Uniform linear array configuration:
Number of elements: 64
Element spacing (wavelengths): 0.75
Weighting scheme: cosine
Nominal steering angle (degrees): -60
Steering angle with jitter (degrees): -60.0
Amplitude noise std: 0.05
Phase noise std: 0.05

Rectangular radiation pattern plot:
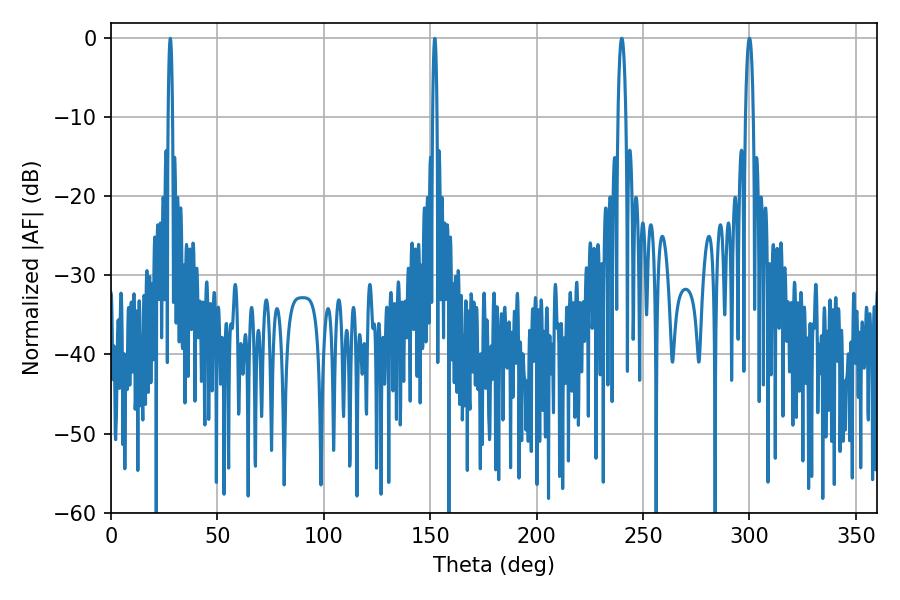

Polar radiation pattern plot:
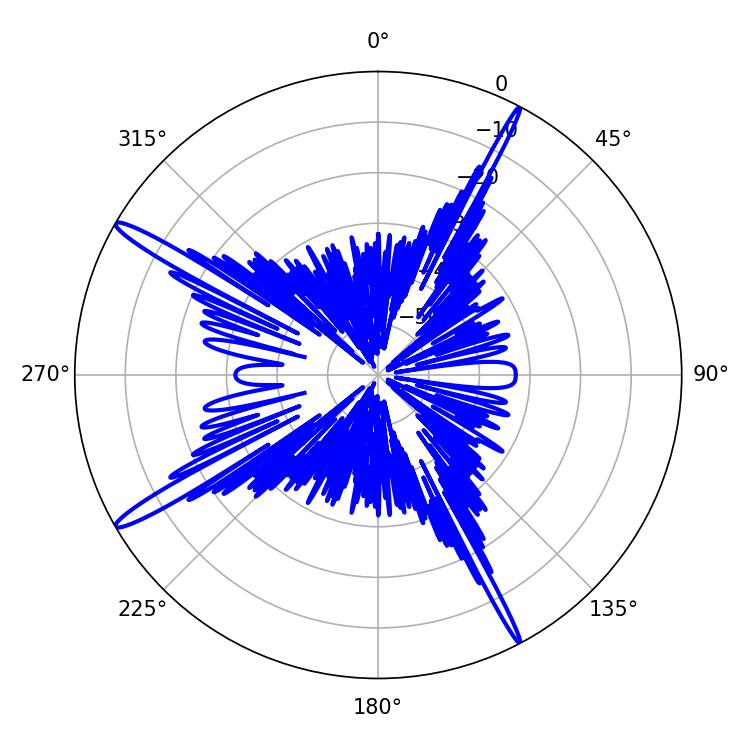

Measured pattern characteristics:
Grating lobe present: TRUE
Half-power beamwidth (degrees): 1.98
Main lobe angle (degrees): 239.94